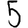
Digit: 5